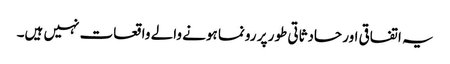
یہ اتفاقی اور حادثاتی طور پر رونما ہونے والے واقعات نہیں ہیں۔